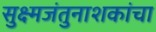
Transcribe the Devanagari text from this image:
सुक्ष्मजंतुनाशकांचा